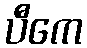
ပီကေ